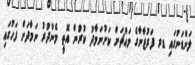
ލަންޑަނުގައި ޑރ ފަރުޒާނާގެ މައްޗަށް ކަށުނަމާދު ކުރުން އޮތީ މެންދުރު ނަމާދަށް ފަހުގައި